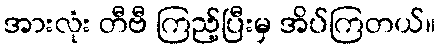
အားလုံး တီဗီ ကြည့်ပြီးမှ အိပ်ကြတယ်။